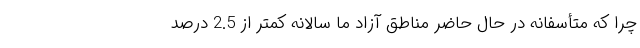
چرا که متأسفانه در حال حاضر مناطق آزاد ما سالانه کمتر از 2.5 درصد